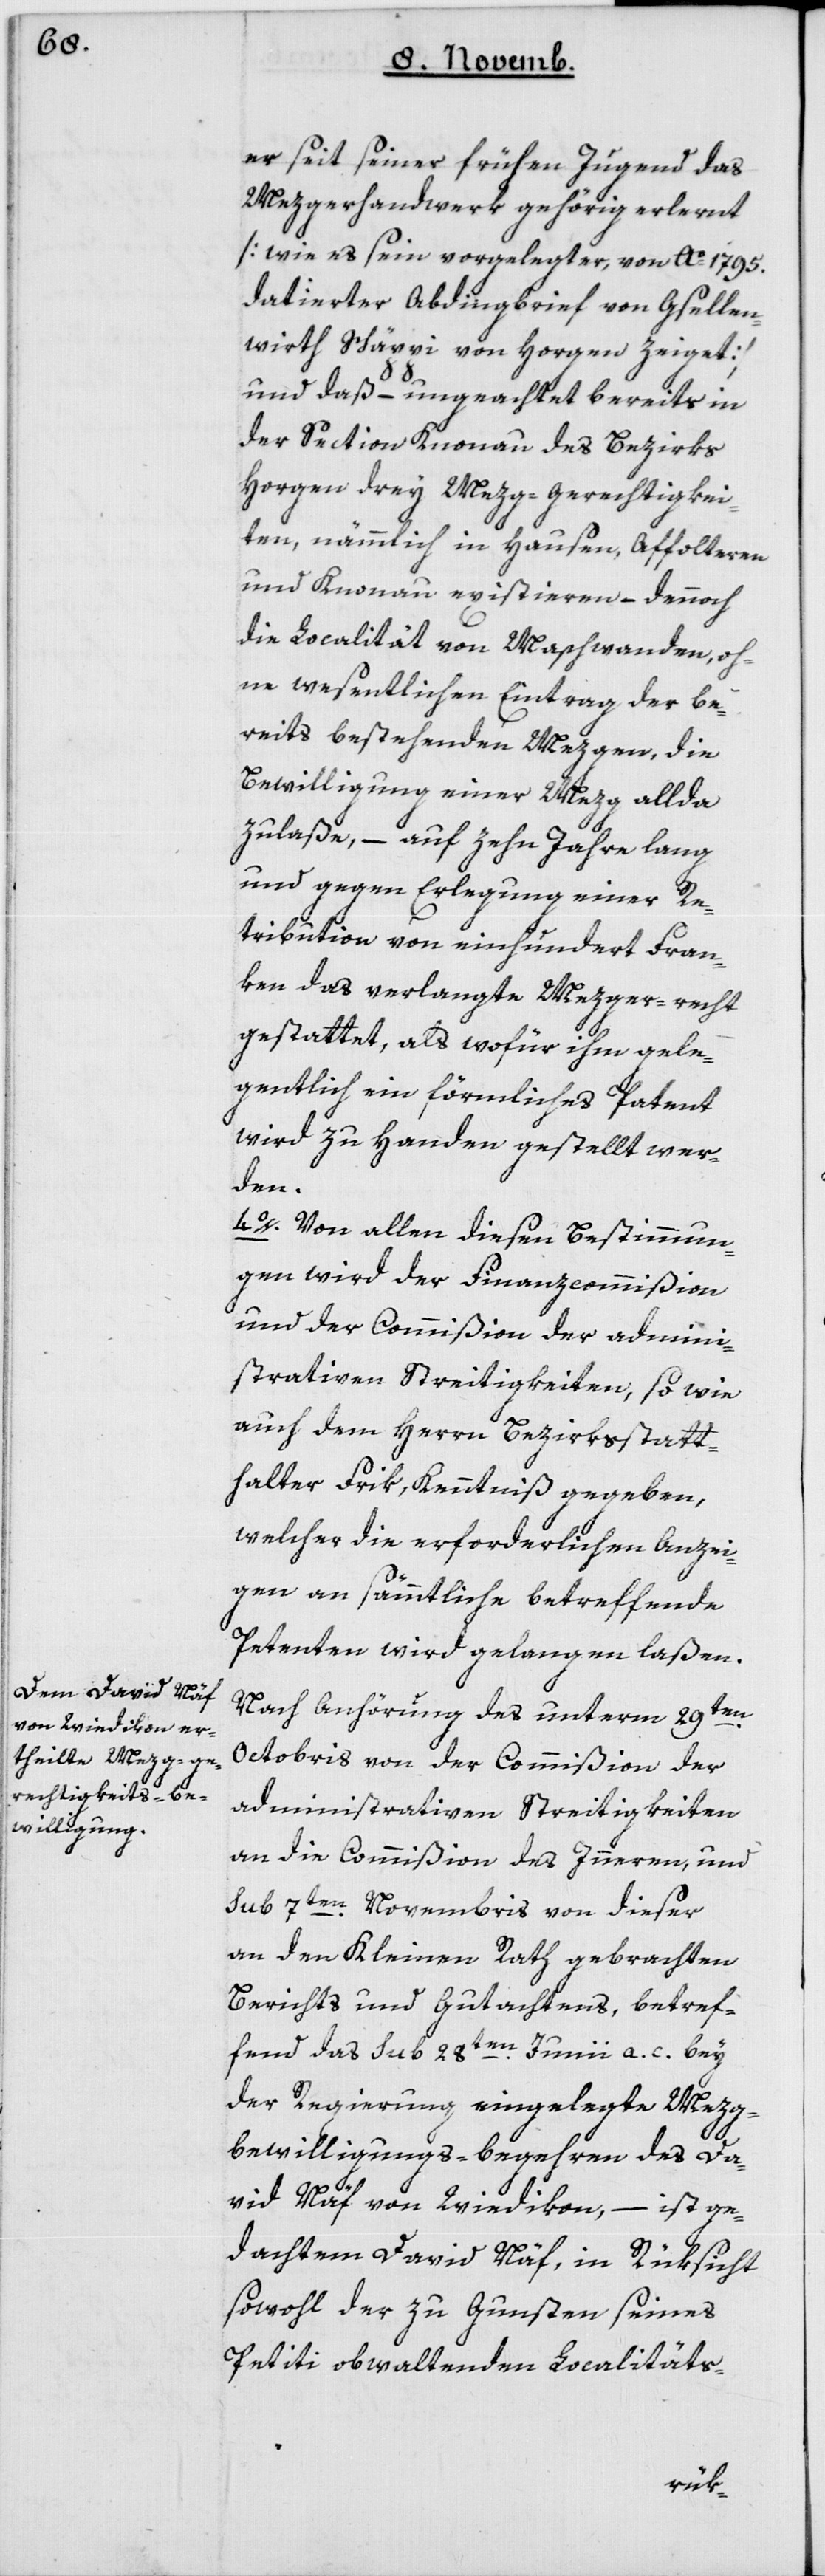
er seit seiner frühen Jugend das
Mezgerhandwerk gehörig erlernt
[wie es sein vorgelegter, von Ao. 1795
datierter Abdingbrief von Gesellen¬
wirth Schäppi von Horgen zeiget],
und daß – ungeachtet bereits in
der Section Knonau des Bezirks
Horgen drey Mezg-Gerechtigkei¬
ten, nämmlich in Hausen, Affolteren
und Knonau existieren, – dennoch
die Localität von Maschwanden, oh¬
ne wesentlichen Eintrag der be¬
reits bestehenden Mezgen, die
Bewilligung einer Mezg allda
zulaße, – auf zehn Jahre lang
und gegen Erlegung einer Re¬
tribution von einhundert Fran¬
ken das verlangte Mezger-recht
gestattet, als wofür ihm gele¬
gentlich ein förmliches Patent
wird zu Handen gestellt wer¬
den.
4. Von allen diesen Bestimmun¬
gen wird der Finanzcommißion
und der Commißion der admini¬
strativen Streitigkeiten, sowie
auch dem Herrn Bezirksstatt¬
halter Frik Kenntniß gegeben,
welcher die erforderlichen Anzei¬
gen an sämmtliche betreffende
Petenten wird gelangen laßen.
Nach Anhörung des unterm 29ten
Octobris von der Commißion der
administrativen Streitigkeiten
an die Commißion des Innern, und
sub 7ten Novembris von dieser
an den Kleinen Rath gebrachten
Berichts und Gutachtens, betref¬
fend das sub 28ten Junii a. c. bey
der Regierung eingelegte Mez¬
g-bewilligungs-begehren des Da¬
vid Näf von Wiedikon, – ist ge¬
dachtem David Näf, in Rüksicht
sowohl der zu Gunsten seines
Petiti obwaltenden Localitäts-